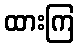
ထားကြ